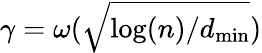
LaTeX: \gamma=\omega(\sqrt{\log(n)/d_{\operatorname*{min}}})